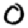
Digit: 0